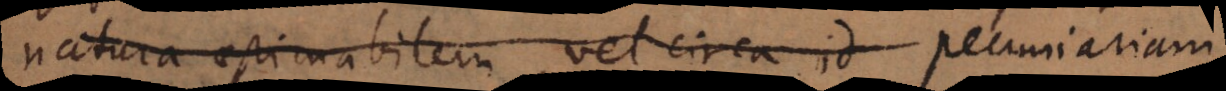
natura aestimabilem, vel circa id pecuniariam,